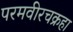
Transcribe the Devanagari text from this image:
परमवीरचक्रहा